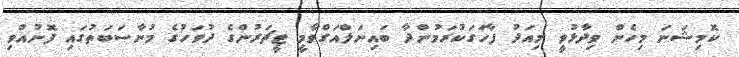
ކޮމިޝަނަ މިހެން ވިދާޅުވީ މިއަދު ފާހަގަކުރަމުންދާ ބައިނަލްއަގްވާމީ ޓީޗަރުންގެ ދުވަހުގެ މުނާސަބަތުގައި ފޮނުއްވި